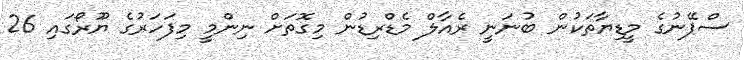
ސްޕޭނުގެ މީޑިޔާތަކުން ބުނަނީ ރެއާލް މެޑްރިޑުން މިގޮތަށް ނިންމީ މިފަހަރުގެ ޔޫރޯގައި 26